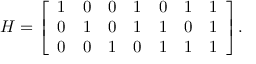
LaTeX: H = { \left[ \begin{array} { l l l l l l l } { 1 } & { 0 } & { 0 } & { 1 } & { 0 } & { 1 } & { 1 } \\ { 0 } & { 1 } & { 0 } & { 1 } & { 1 } & { 0 } & { 1 } \\ { 0 } & { 0 } & { 1 } & { 0 } & { 1 } & { 1 } & { 1 } \end{array} \right] } .